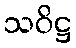
သဝိဋ္ဌ